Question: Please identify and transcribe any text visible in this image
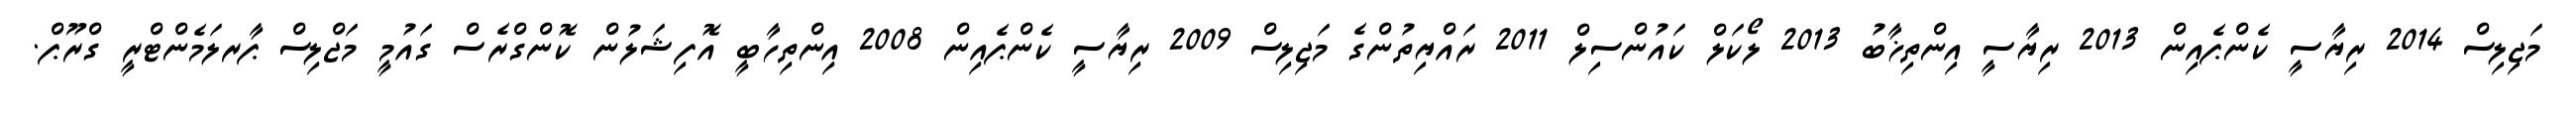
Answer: މަޖިލިސް 2014 ރިޔާސީ ކެންޕެއިން 2013 ރިޔާސީ އިންތިޚާބު 2013 ލޯކަލް ކައުންސިލް 2011 ރައްޔިތުންގެ މަޖިލިސް 2009 ރިޔާސީ ކެންޕެއިން 2008 އިންތިހާބީ އޮފިޝަލުން ކޮންގްރެސް ގައުމީ މަޖްލިސް ޕާރލަމެންޓްރީ ގްރޫޕް.